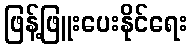
ဖြန့်ဖြူးပေးနိုင်ရေး